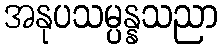
အနုပသမ္ပန္နသညာ